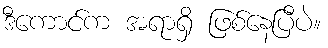
ဒီကောင်က အရာရှိ ဖြစ်နေပြီပဲ။